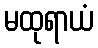
မထုရာယံ